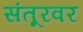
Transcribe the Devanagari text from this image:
संतूरवर